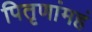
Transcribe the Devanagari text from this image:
पितृणांमहं